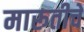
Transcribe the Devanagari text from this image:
मारूतीचे